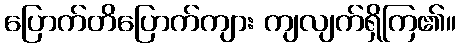
ပြောက်တိပြောက်ကျား ကျလျက်ရှိကြ၏။